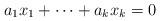
LaTeX: \begin{align*}a_1x_1+\cdots+a_kx_k=0\end{align*}